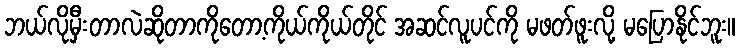
ဘယ်လိုမှီးတာလဲဆိုတာကိုတော့ကိုယ်ကိုယ်တိုင် အဆင်လူပင်ကို မဖတ်ဖူးလို့ မပြောနိုင်ဘူး။